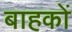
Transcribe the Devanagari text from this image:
बाहकों